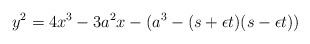
LaTeX: \begin{align*}y^2=4x^3 -3a^2x -(a^3-(s+ \epsilon t)(s-\epsilon t))\end{align*}